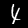
Digit: 4